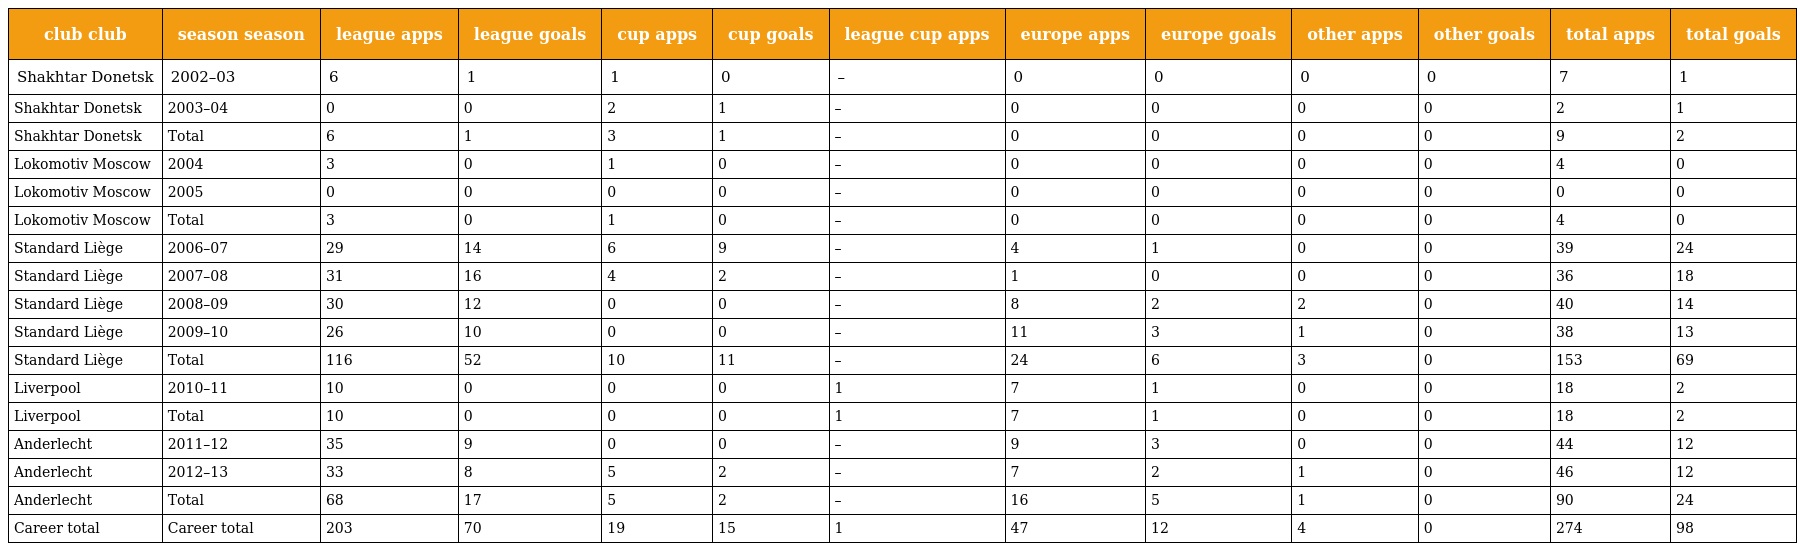
| club club | season season | league apps | league goals | cup apps | cup goals | league cup apps | europe apps | europe goals | other apps | other goals | total apps | total goals |
 | --- | --- | --- | --- | --- | --- | --- | --- | --- | --- | --- | --- | --- |
 | Shakhtar Donetsk | 2002–03 | 6 | 1 | 1 | 0 | – | 0 | 0 | 0 | 0 | 7 | 1 |
 | Shakhtar Donetsk | 2003–04 | 0 | 0 | 2 | 1 | – | 0 | 0 | 0 | 0 | 2 | 1 |
 | Shakhtar Donetsk | Total | 6 | 1 | 3 | 1 | – | 0 | 0 | 0 | 0 | 9 | 2 |
 | Lokomotiv Moscow | 2004 | 3 | 0 | 1 | 0 | – | 0 | 0 | 0 | 0 | 4 | 0 |
 | Lokomotiv Moscow | 2005 | 0 | 0 | 0 | 0 | – | 0 | 0 | 0 | 0 | 0 | 0 |
 | Lokomotiv Moscow | Total | 3 | 0 | 1 | 0 | – | 0 | 0 | 0 | 0 | 4 | 0 |
 | Standard Liège | 2006–07 | 29 | 14 | 6 | 9 | – | 4 | 1 | 0 | 0 | 39 | 24 |
 | Standard Liège | 2007–08 | 31 | 16 | 4 | 2 | – | 1 | 0 | 0 | 0 | 36 | 18 |
 | Standard Liège | 2008–09 | 30 | 12 | 0 | 0 | – | 8 | 2 | 2 | 0 | 40 | 14 |
 | Standard Liège | 2009–10 | 26 | 10 | 0 | 0 | – | 11 | 3 | 1 | 0 | 38 | 13 |
 | Standard Liège | Total | 116 | 52 | 10 | 11 | – | 24 | 6 | 3 | 0 | 153 | 69 |
 | Liverpool | 2010–11 | 10 | 0 | 0 | 0 | 1 | 7 | 1 | 0 | 0 | 18 | 2 |
 | Liverpool | Total | 10 | 0 | 0 | 0 | 1 | 7 | 1 | 0 | 0 | 18 | 2 |
 | Anderlecht | 2011–12 | 35 | 9 | 0 | 0 | – | 9 | 3 | 0 | 0 | 44 | 12 |
 | Anderlecht | 2012–13 | 33 | 8 | 5 | 2 | – | 7 | 2 | 1 | 0 | 46 | 12 |
 | Anderlecht | Total | 68 | 17 | 5 | 2 | – | 16 | 5 | 1 | 0 | 90 | 24 |
 | Career total | Career total | 203 | 70 | 19 | 15 | 1 | 47 | 12 | 4 | 0 | 274 | 98 |